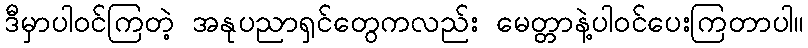
ဒီမှာပါဝင်ကြတဲ့ အနုပညာရှင်တွေကလည်း မေတ္တာနဲ့ပါဝင်ပေးကြတာပါ။